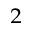
^ 2